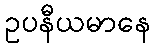
ဥပနီယမာနေ